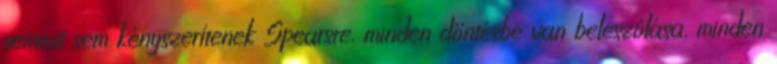
semmit sem kényszerítenek Spearsre, minden döntésbe van beleszólása, minden